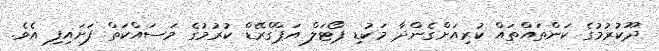
ދޫކުރުމުގެ ކަންތައްތައް ކުރިއަށްގެންދާ މަކުޑި ޕޯޓަލް އަޕްގްރޭޑް ކުރުމުގެ މަސައްކަތް ފަށައިފި އެވެ.